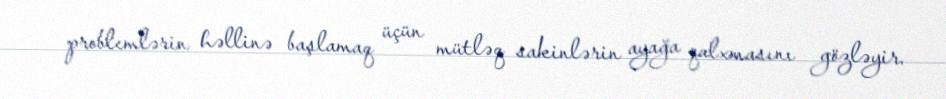
problemlərin həllinə başlamaq üçün mütləq sakinlərin ayağa qalxmasını gözləyir.